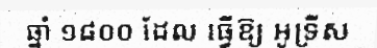
ឆ្នាំ ១៨០០ ដែល ធ្វើឱ្យ អូទ្រីស